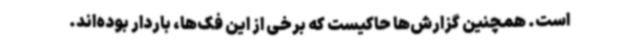
است. همچنین گزارش‌ها حاکیست که برخی از این فک‌ها، باردار بوده‌اند.